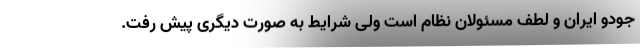
جودو ایران و لطف مسئولان نظام است ولی شرایط به صورت دیگری پیش رفت.